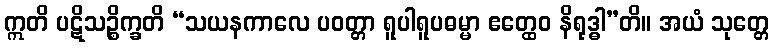
ဣတိ ပဋိသဉ္စိက္ခတိ “သယနကာလေ ပဝတ္တာ ရူပါရူပဓမ္မာ ဧတ္ထေဝ နိရုဒ္ဓါ”တိ။ အယံ သုတ္တေ